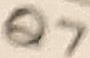
Text: Q7